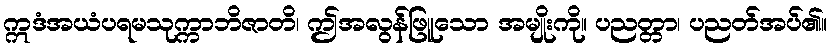
ဣဒံအယံပရမသုက္ကာဘိဇာတိ၊ ဤအလွန်ဖြူသော အမျိုးကို။ ပညတ္တာ၊ ပညတ်အပ်၏။